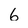
Character: 6